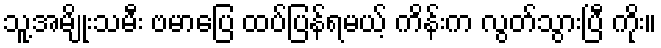
သူ့အမျိုးသမီး ဗမာပြေ ထပ်ပြန်ရမယ့် ကိန်းက လွတ်သွားပြီ ကိုး။